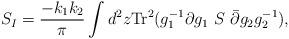
LaTeX: \begin{align*}S_I={-k_1k_2\over\pi}\int d^2z\mbox{Tr}^2(g^{-1}_1\partial g_1~S~\bar\partial g_2g^{-1}_2),\end{align*}